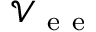
\mathcal { V } _ { \mathrm { ~ e ~ e ~ } }